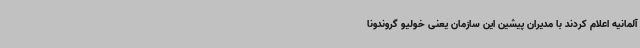
آلمانیه اعلام کردند با مدیران پیشین این سازمان یعنی خولیو گروندونا